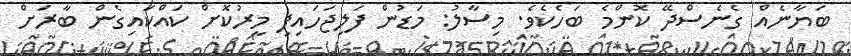
ބަޔާނެއް ގެނެސްދޭ ކޮންމެ ބަހެކެވެ. މިސާލު: މަޑުން ފަލިޖަހައިފި މީރުކޮށް ކައްކައިގެން ބާރަށް